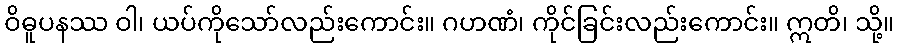
ဝိဓူပနဿ ဝါ၊ ယပ်ကိုသော်လည်းကောင်း။ ဂဟဏံ၊ ကိုင်ခြင်းလည်းကောင်း။ ဣတိ၊ သို့။